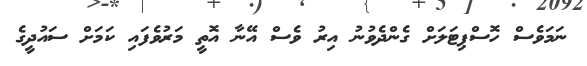
ނަމަވެސް ހޮސްޕިޓަލަށް ގެންދެވުނު އިރު ވެސް އޭނާ އޮތީ މަރުވެފައި ކަމަށް ސައުދީގެ